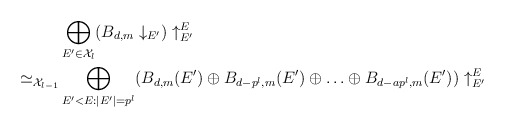
\begin{align*} & \bigoplus_{E' \in \mathcal{X}_l} (B_{d,m} \downarrow_{E'}) \uparrow^{E}_{E'} \\ \simeq_{\mathcal{X}_{l-1}}& \bigoplus_{E'<E: |E'|=p^l} (B_{d,m}(E') \oplus B_{d-p^l,m}(E') \oplus \ldots \oplus B_{d-ap^l,m}(E')) \uparrow^{E}_{E'}\end{align*}